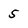
Character: 5